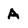
Character: A